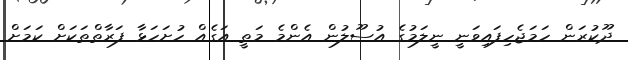
ދޫކުރަން ހަމަޖެހިފައިވަނީ ނީލަމުގެ އުސޫލުން އެންމެ މަތީ އަގެއް ހުށަހަޅާ ފަރާތްތަކަށް ކަމަށް